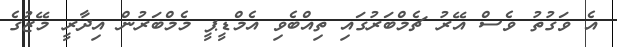
އެ ވަގުތު ވެސް އޭރު ޗެމްބަރުގައި ތިއްބެވި އެމްޑީޕީ މެމްބަރުން އިދާރީ މޭޒުގެ